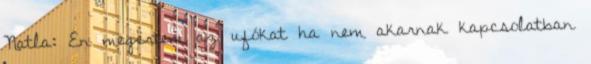
Natla: En megèrtem az ufókat ha nem akarnak kapcsolatban